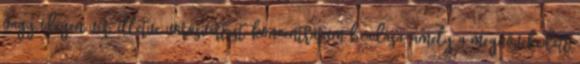
vagy idegen vér, illetve vörösvértest-koncentrátum beadása, amely a megnövekedett